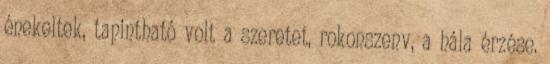
énekeltek, tapintható volt a szeretet, rokonszenv, a hála érzése.